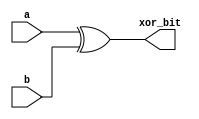
`timescale 1ns/1ps
// 2 Input XOR gate for the ALU
// (output, input)

module ALU_XOR (xor_bit,a,b);

  output [31:0] xor_bit;
  input [31:0] a,b;
	
  assign xor_bit = (a ^ b);
	
endmodule